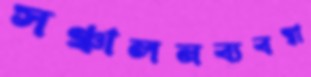
সঞ্চালনব্যবস্থা